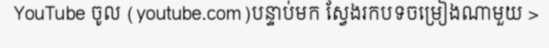
YouTube ចូល (youtube.com)បន្ទាប់មក ស្វែងរកបទចម្រៀងណាមួយ >